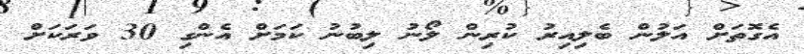
އެގޮތަށް އަލުން ބެލިއިރު ކުރިން ލޯނު ލިބުނު ކަމަށް އެންގި 30 ވަރަކަށް